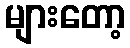
များတော့